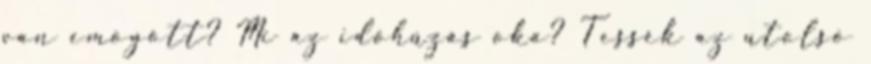
van emögött? Mi az időhúzás oka? Tessék az utolsó